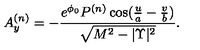
A _ { y } ^ { ( n ) } = - { \frac { { e ^ { \phi _ { 0 } } } P ^ { ( n ) } \cos ( { \frac { u } { a } } - { \frac { v } { b } } ) } { { \sqrt { { M ^ { 2 } } - { | \Upsilon | ^ { 2 } } } } } } .